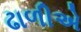
ઢાળીએ